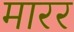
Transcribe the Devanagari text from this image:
मारर